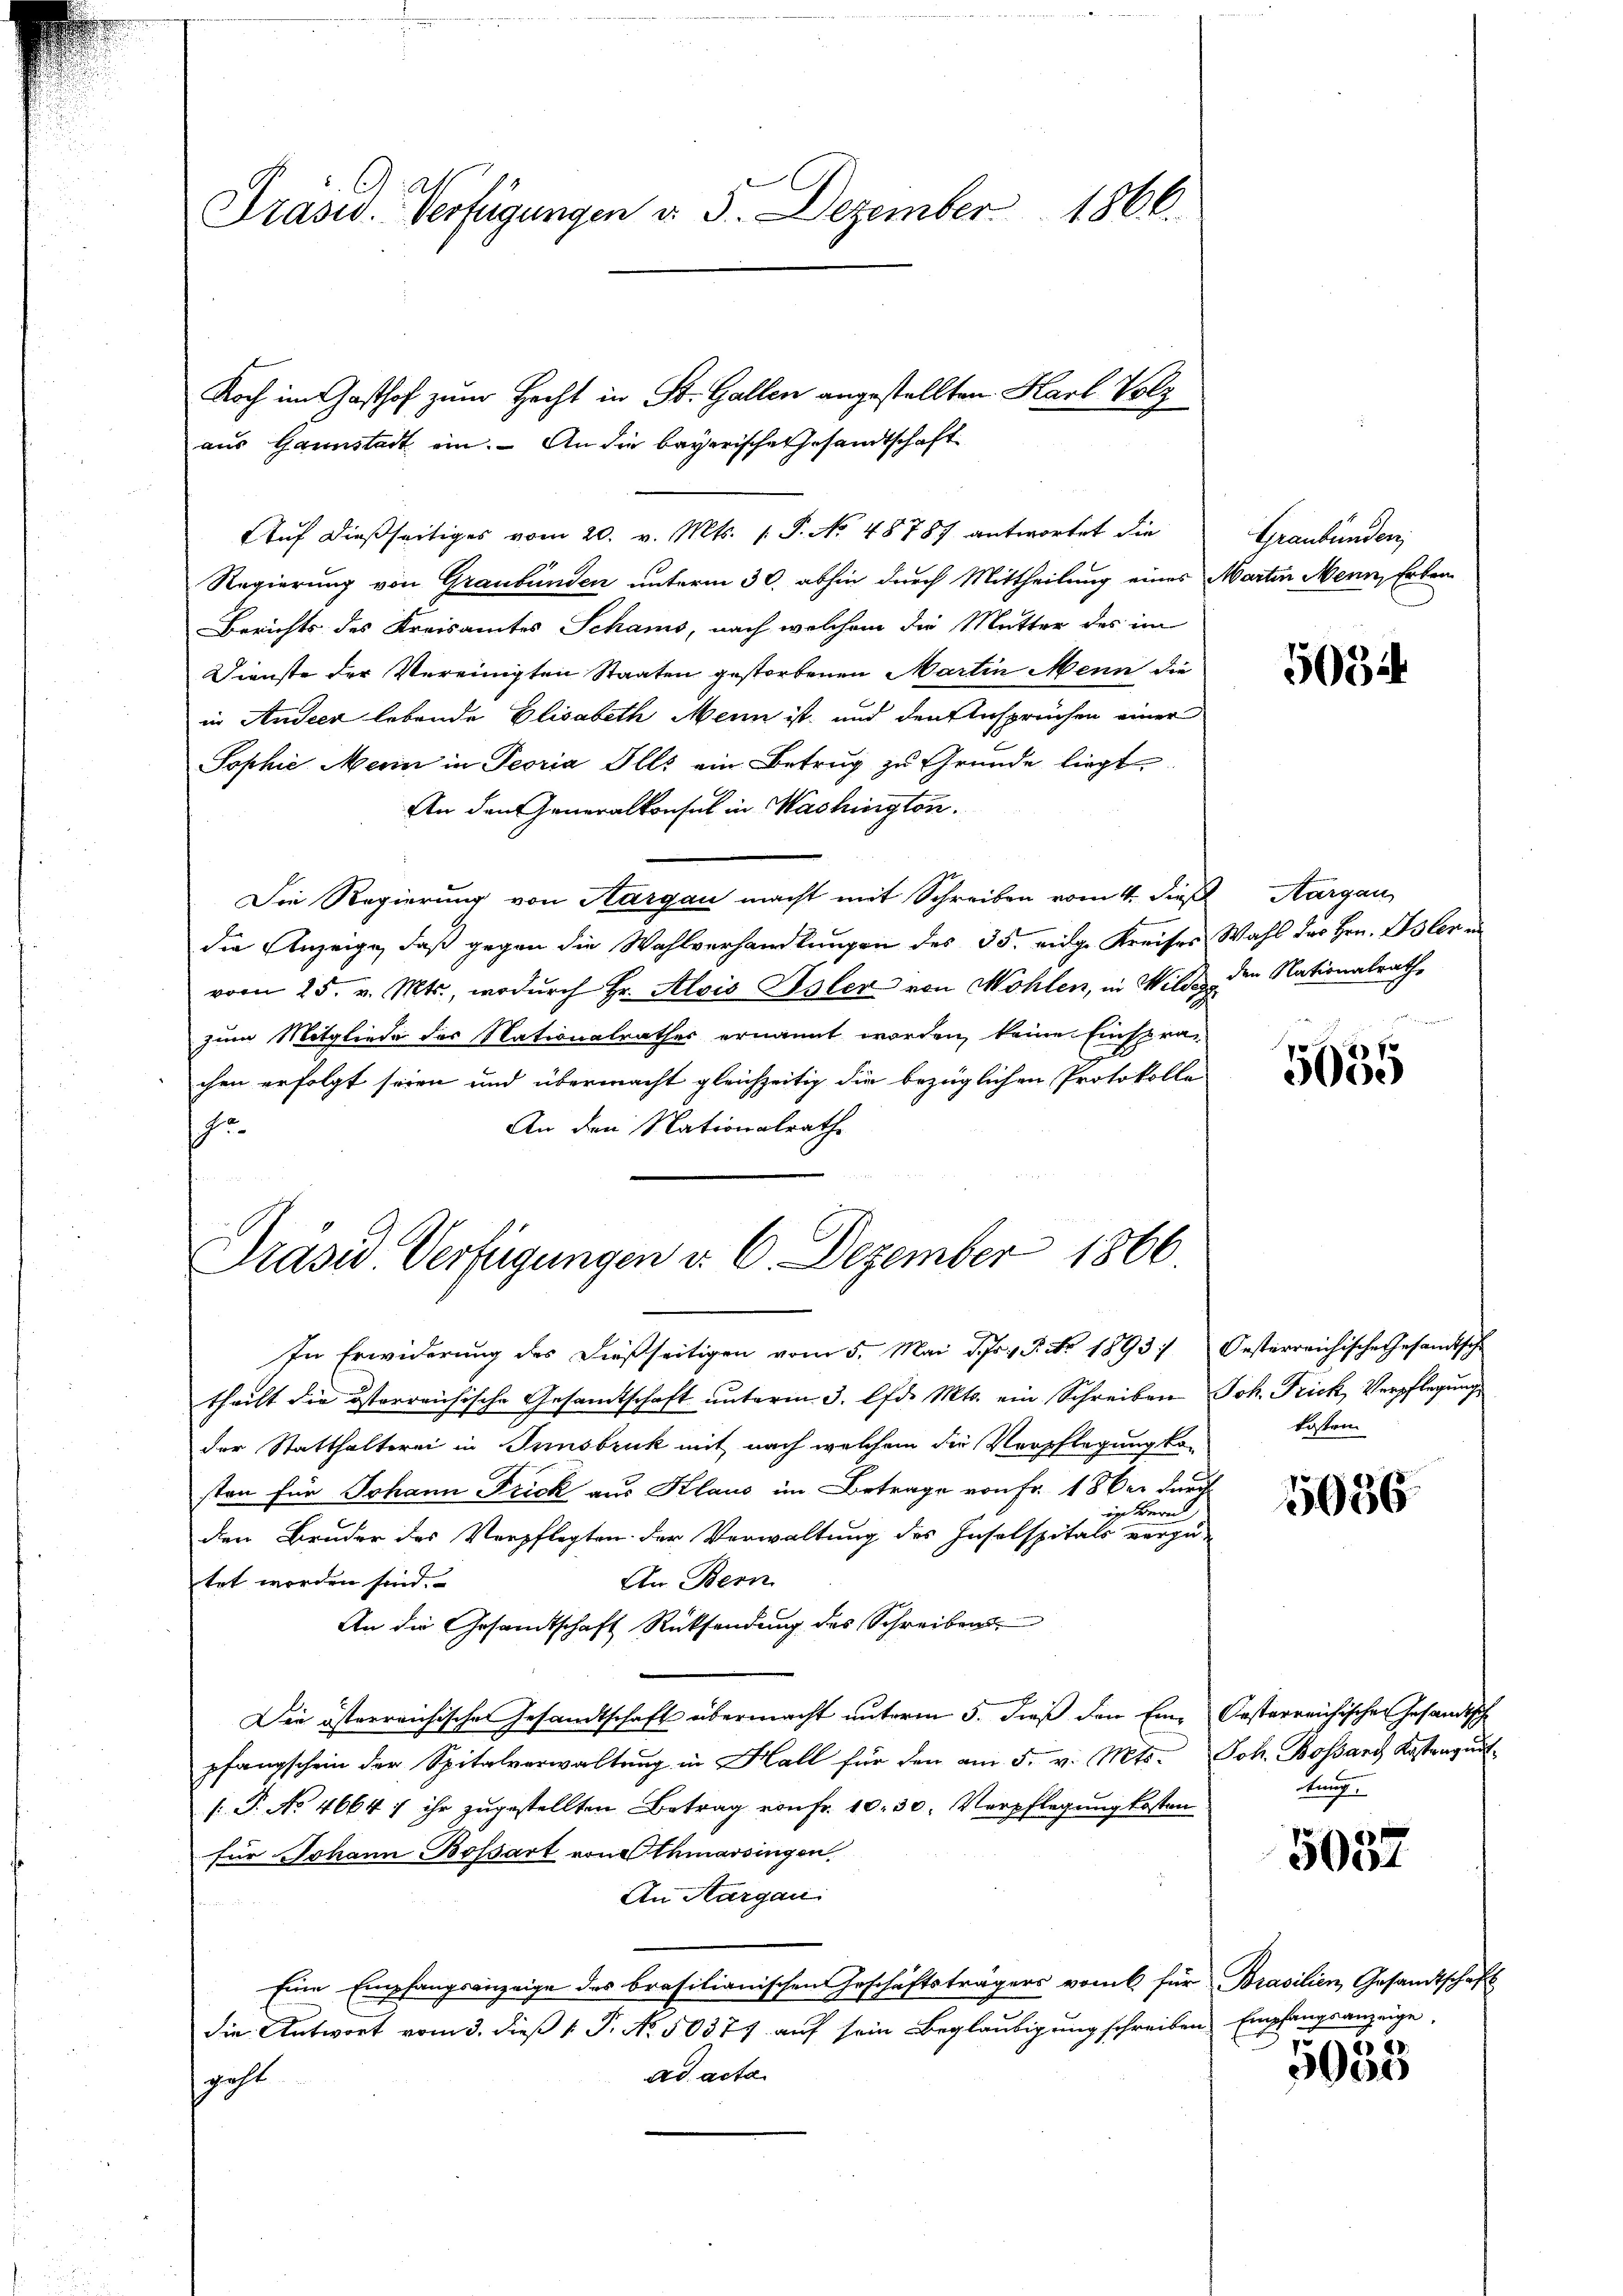
Präsid. Verfügungen d. 5. Dezember 1866.

aus Gannstadt ein. – An die bayerische Gesandtschaft

Prasid Verfügungen d. 6. Dezember 1866.

Noch im Gasthof zum Hecht in St. Gallen angestellten Harl Volz
Aŭf dießseitiges vom 20. v. Mts. 1 S. No. 48787 antwortet die
Regierung von Graubünden unterm 30. abhin durch Mittheilung eines Martin Menn, Erben
Berichts des Kreisamtes Schans, nach welchem die Mutter des im
Dienste der Vereinigten Staaten gestorbenen Martin Mein die
in Andeen lebende Elisabeth Mein ist, und den Ansprüchen einer
Sophie Mein in Peoria Ills ein Betrug zu Grunde liegt.
An den Generalkonsul in Mashington.
Die Regierung von Aargau macht mit Schreiben vom 4. dies Aargau,
die Anzeige, daß gegen die Wahlverhandlungen des 35. eige Kreises Wahl des Hrn. Isler un
vom 25. v. Mts., wodurch Hr. Alois Isler von Mohlen, in Wilder
zum Mitgliede des Nationalrathes ernannt worden, keine Einspra-
chen erfolgt seien und übermacht gleichzeitig die bezüglichen Protokolle
An den Nationalrathe
i
In Erwiderŭng des dießseitigen vom 5. Mai d. Js. v. P. Nr. 1893/ Oesterreichische Gesandtsche
theilt die österreichische Gesandtschaft unterm 3. lfd. Mts. ein Schreiben Joh. Frick, Verpflegung
der Statthalterei in Innsbruk mit nach welchem die Verpflegung ko-
sten für Johann Frick aus Klaus im Betrage von Fr. 18 der durch
in Bern
den Bruder des Verpflegten der Verwaltung des Insolspitals vorzu-
An Bern
tet worden sind.
An die Gesandtschaft Rücksendung des Schreiben
Die österreichische Gesandtschaft übermacht unterm 5. dieß den Eine Oesterreichischen Gesandtsche
pfangschein der Spitalverwaltung in Hall für den am 5. v. Mts. Joh. Bossard Kastanzunt
[.P. No 4664 ; ihr zugestellten Betrag von fr. 10. 30. Verpflegung kosten
für Johann Bossart von Athmarsingen.
An Aargau.
Eine Empfangsanzeige des brasilianischen Geschäftsträgers vom für Brasilien, Gesandtschaft
die Antwort vom 3. dieß 1. P. No. 50377 auf sein Beglaubigung schreiben
ad acta
geht

Graubünden,

5034

den Nationalrath,

5035

kosten

5036

tmag

5037

Empfangsanzeige.

5035